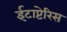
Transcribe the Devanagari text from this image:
ईटाप्टेरिस